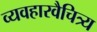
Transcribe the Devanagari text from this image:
व्यवहारवैचित्र्य